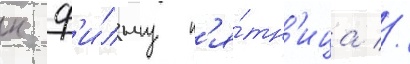
к ф'и́льму п'я́тн'ица //